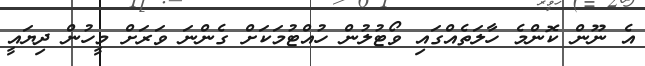
އެ ނޫން ކޮންމެ ހާލަތެއްގައި ވޯޓުލުން ހުއްޓުމަކަށް ގެންނަ ވަރަށް މީހުން ދިޔައީ